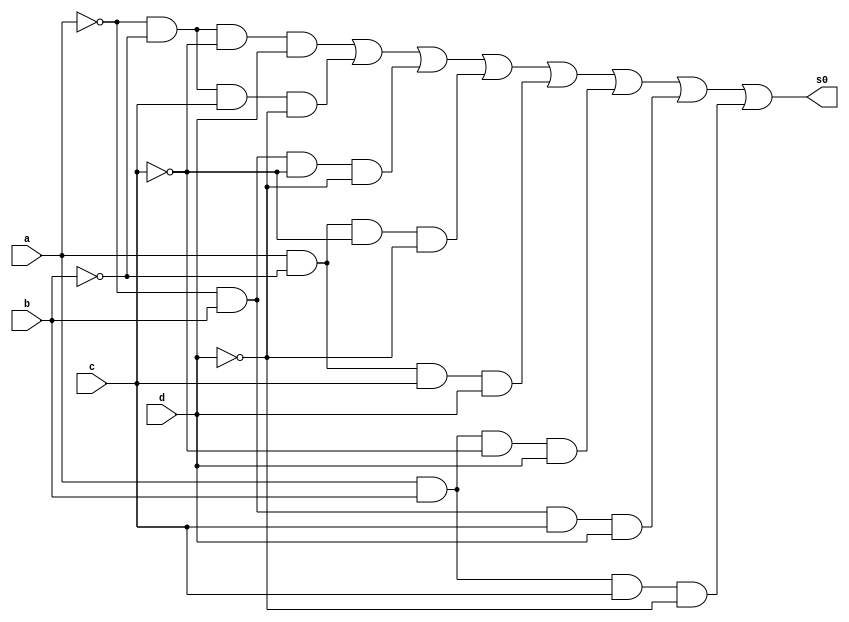
//---------------
//LUIZ MARQUES DE OLIVEIRA
// PROVA LETRA E
//---------------



module letrae (s0,a,b,c,d);
output s0;
input a,b,c,d;
wire t1,t2,t3,t4,t5,t,t7,t8;

and AND1 (t1,~a,~b,~c,d);
and AND2 (t2,~a,~b,c,~d);
and AND3 (t3,~a,b,~c,~d);
and AND4 (t4,a,~b,~c,~d);
and AND5 (t5,a,~b,c,d);
and AND6 (t6,a,b,~c,d);
and AND7 (t7,~a,b,c,d);
and AND8 (t8,a,b,c,~d);

or OR1 (s0,t1,t2,t3,t4,t5,t6,t7,t8); 





endmodule //fim letrae

module testeletrae;

wire s0;
reg a,b,c,d;

letrae E (s0,a,b,c,d);

 initial begin
 $display("LUIZ MARQUES DE OLIVEIRA");
 $display("PROVA - LETRA E");
 $display("\na  b   c   d  s0\n");
 $monitor("%b  %b   %b   %b  %b", a, b, c, d, s0);
  
	     a=0; b=0; c=0; d=0;  
    #1  a=0; b=0; c=0; d=1;
    #1  a=0; b=0; c=1; d=0;
    #1  a=0; b=0; c=1; d=1;
    #1  a=0; b=1; c=0; d=0;
 	 #1  a=0; b=1; c=0; d=1;
    #1  a=0; b=1; c=1; d=0;
    #1  a=0; b=1; c=1; d=1;
    #1  a=1; b=0; c=0; d=0;
    #1  a=1; b=0; c=0; d=1;
    #1  a=1; b=0; c=1; d=0;
    #1  a=1; b=0; c=1; d=1;
    #1  a=1; b=1; c=0; d=0;
    #1  a=1; b=1; c=0; d=1;
    #1  a=1; b=1; c=1; d=0;
    #1  a=1; b=1; c=1; d=1;


        
    end
    endmodule